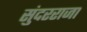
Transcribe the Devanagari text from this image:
सुंदरराजा